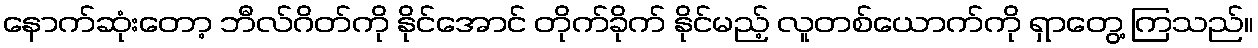
နောက်ဆုံးတော့ ဘီလ်ဂိတ်ကို နိုင်အောင် တိုက်ခိုက် နိုင်မည့် လူတစ်ယောက်ကို ရှာတွေ့ ကြသည်။